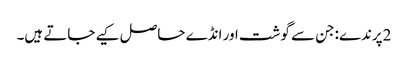
2پرندے:جن سے گوشت اور انڈے حاصل کیے جاتے ہیں۔